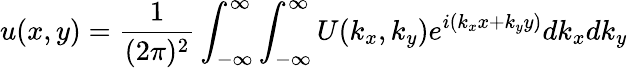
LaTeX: u(x,y)={\frac{1}{(2\pi)^{2}}}\int_{-\infty}^{\infty}\int_{-\infty}^{\infty}U(k_{x},k_{y})e^{i(k_{x}x+k_{y}y)}dk_{x}dk_{y}